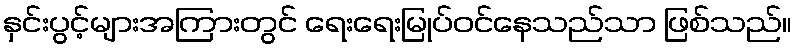
နှင်းပွင့်များအကြားတွင် ရေးရေးမြုပ်ဝင်နေသည်သာ ဖြစ်သည်။